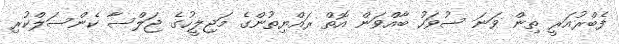
ފެބްރުއަރީ ތިން ވަނަ ސުވަހު ބާއްވަން އޮތް ރައްޔިތުންގެ މަޖިލީހުގެ ޖަލްސާ ކެންސަލްކުރި